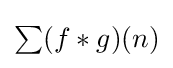
{\textstyle \sum (f*g)(n)}